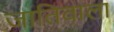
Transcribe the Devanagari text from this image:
जातिवाला